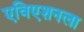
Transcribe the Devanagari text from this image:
एविएशनला